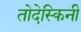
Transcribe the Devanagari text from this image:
तोदेस्किनी